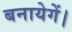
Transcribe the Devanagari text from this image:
बनायेगें।